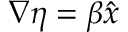
\boldsymbol { \nabla } \eta = \beta \boldsymbol { \hat { x } }